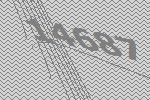
14687